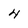
Character: 4